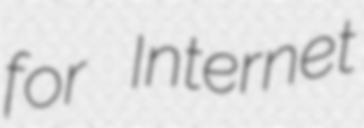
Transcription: for Internet